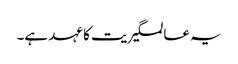
یہ عالمگیریت کا عہد ہے۔